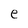
Character: e